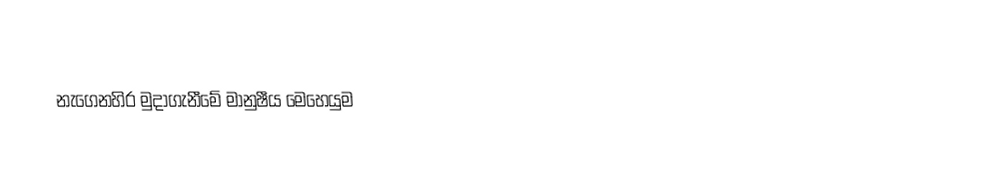
නැගෙනහිර මුදාගැනීමේ මානුෂීය මෙහෙයුම